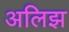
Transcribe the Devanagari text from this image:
अलिझ